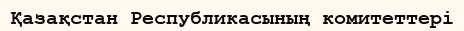
Қазақстан Республикасының комитеттері